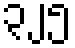
၃၂၅